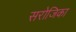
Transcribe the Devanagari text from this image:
सरोजिका